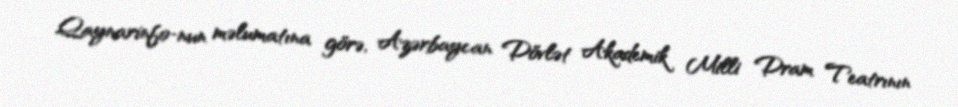
Qaynarinfo-nun məlumatına görə, Azərbaycan Dövlət Akademik Milli Dram Teatrının